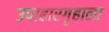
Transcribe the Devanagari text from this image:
उपाहारगृहाला